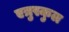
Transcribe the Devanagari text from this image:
एत्रुस्कुल